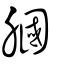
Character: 膕